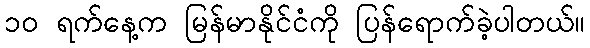
၁ဝ ရက်နေ့က မြန်မာနိုင်ငံကို ပြန်ရောက်ခဲ့ပါတယ်။